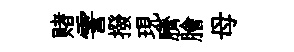
赌霅撥現臍膾母